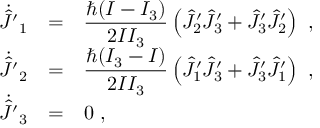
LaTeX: \begin{array} { r c l } { { \dot { \hat { J } ^ { \prime } } _ { 1 } } } & { { = } } & { { \displaystyle \frac { \hbar ( I - I _ { 3 } ) } { 2 I I _ { 3 } } \left( \hat { J } _ { 2 } ^ { \prime } \hat { J } _ { 3 } ^ { \prime } + \hat { J } _ { 3 } ^ { \prime } \hat { J } _ { 2 } ^ { \prime } \right) ~ , } } \\ { { \dot { \hat { J } ^ { \prime } } _ { 2 } } } & { { = } } & { { \displaystyle \frac { \hbar ( I _ { 3 } - I ) } { 2 I I _ { 3 } } \left( \hat { J } _ { 1 } ^ { \prime } \hat { J } _ { 3 } ^ { \prime } + \hat { J } _ { 3 } ^ { \prime } \hat { J } _ { 1 } ^ { \prime } \right) ~ , } } \\ { { \dot { \hat { J } ^ { \prime } } _ { 3 } } } & { { = } } & { { 0 ~ , } } \end{array}